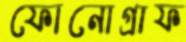
ফোনোগ্রাফ